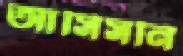
আসিসনি